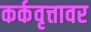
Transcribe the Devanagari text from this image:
कर्कवृत्तावर